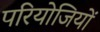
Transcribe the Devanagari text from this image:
परियोजियों